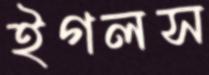
ইগলস